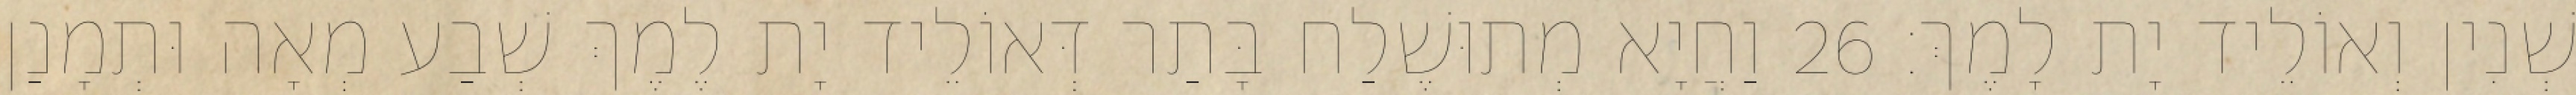
שְׁנִין וְאוֹלֵיד יָת לָמֶךְ׃ 26 וַחֲיָא מְתוּשֶׁלַח בָּתַר דְּאוֹלֵיד יָת לֶמֶךְ שְׁבַע מְאָה וּתְמָנַן